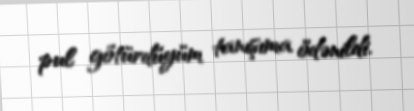
pul götürdüyüm tanışıma ödənildi.